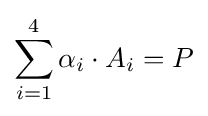
\sum _{i=1}^{4}\alpha _{i}\cdot A_{i}=P